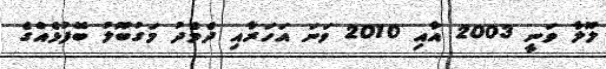
ލޫލާ ވަނީ 2003 އާއި 2010 ވަނަ އަހަރާއި ދެމެދު މަގުބޫލު ބޭފުޅެއްގެ